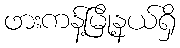
ဖားကန့်မြို့နယ်ရှိ